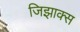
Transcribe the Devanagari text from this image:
जिझाक्स